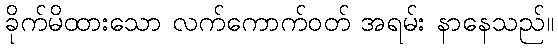
ခိုက်မိထားသော လက်ကောက်ဝတ် အရမ်း နာနေသည်။